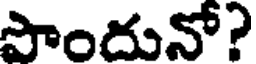
పొందునో?